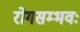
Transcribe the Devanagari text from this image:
रोगसम्भवः